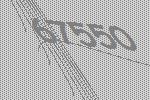
67550